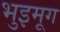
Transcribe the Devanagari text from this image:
भुइमूग